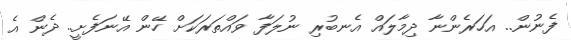
ފެނުން.. އަހަރެންނާ ދިމާލައް އެނބުރި ނުލަފާ ވައްތަރަކަށް ހޭން އޭނަފެށީ.. ދެން އެ